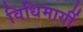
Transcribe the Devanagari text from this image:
विधिमार्गी